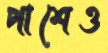
পাশেও